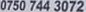
0750 744 3072